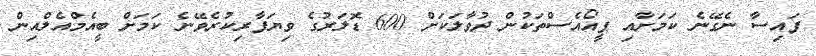
ފައިސާ ނެގޭނެ ކަމަށާއި ޕީއޯއެސްތަކުން ދުވާލަކަށް 600 ޑޮލަރުގެ ވިޔަފާރިކުރެވޭނެ ކަމަށް ބީއެމްއެލްއިން